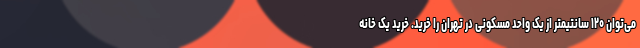
می‌توان ۱۲۰ سانتیمتر از یک واحد مسکونی در تهران را خرید. خرید یک خانه